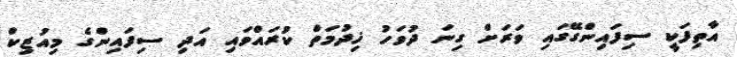
އާތިފަކީ ސިފައިންގޭގައި ވަރަށް ގިނަ ދުވަހު ޚިދުމަތް ކުރައްވައި އަދި ސިފައިންގެ މިއުޒިކް